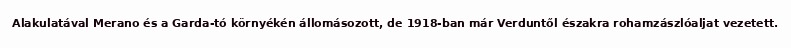
Alakulatával Merano és a Garda-tó környékén állomásozott, de 1918-ban már Verduntől északra rohamzászlóaljat vezetett.